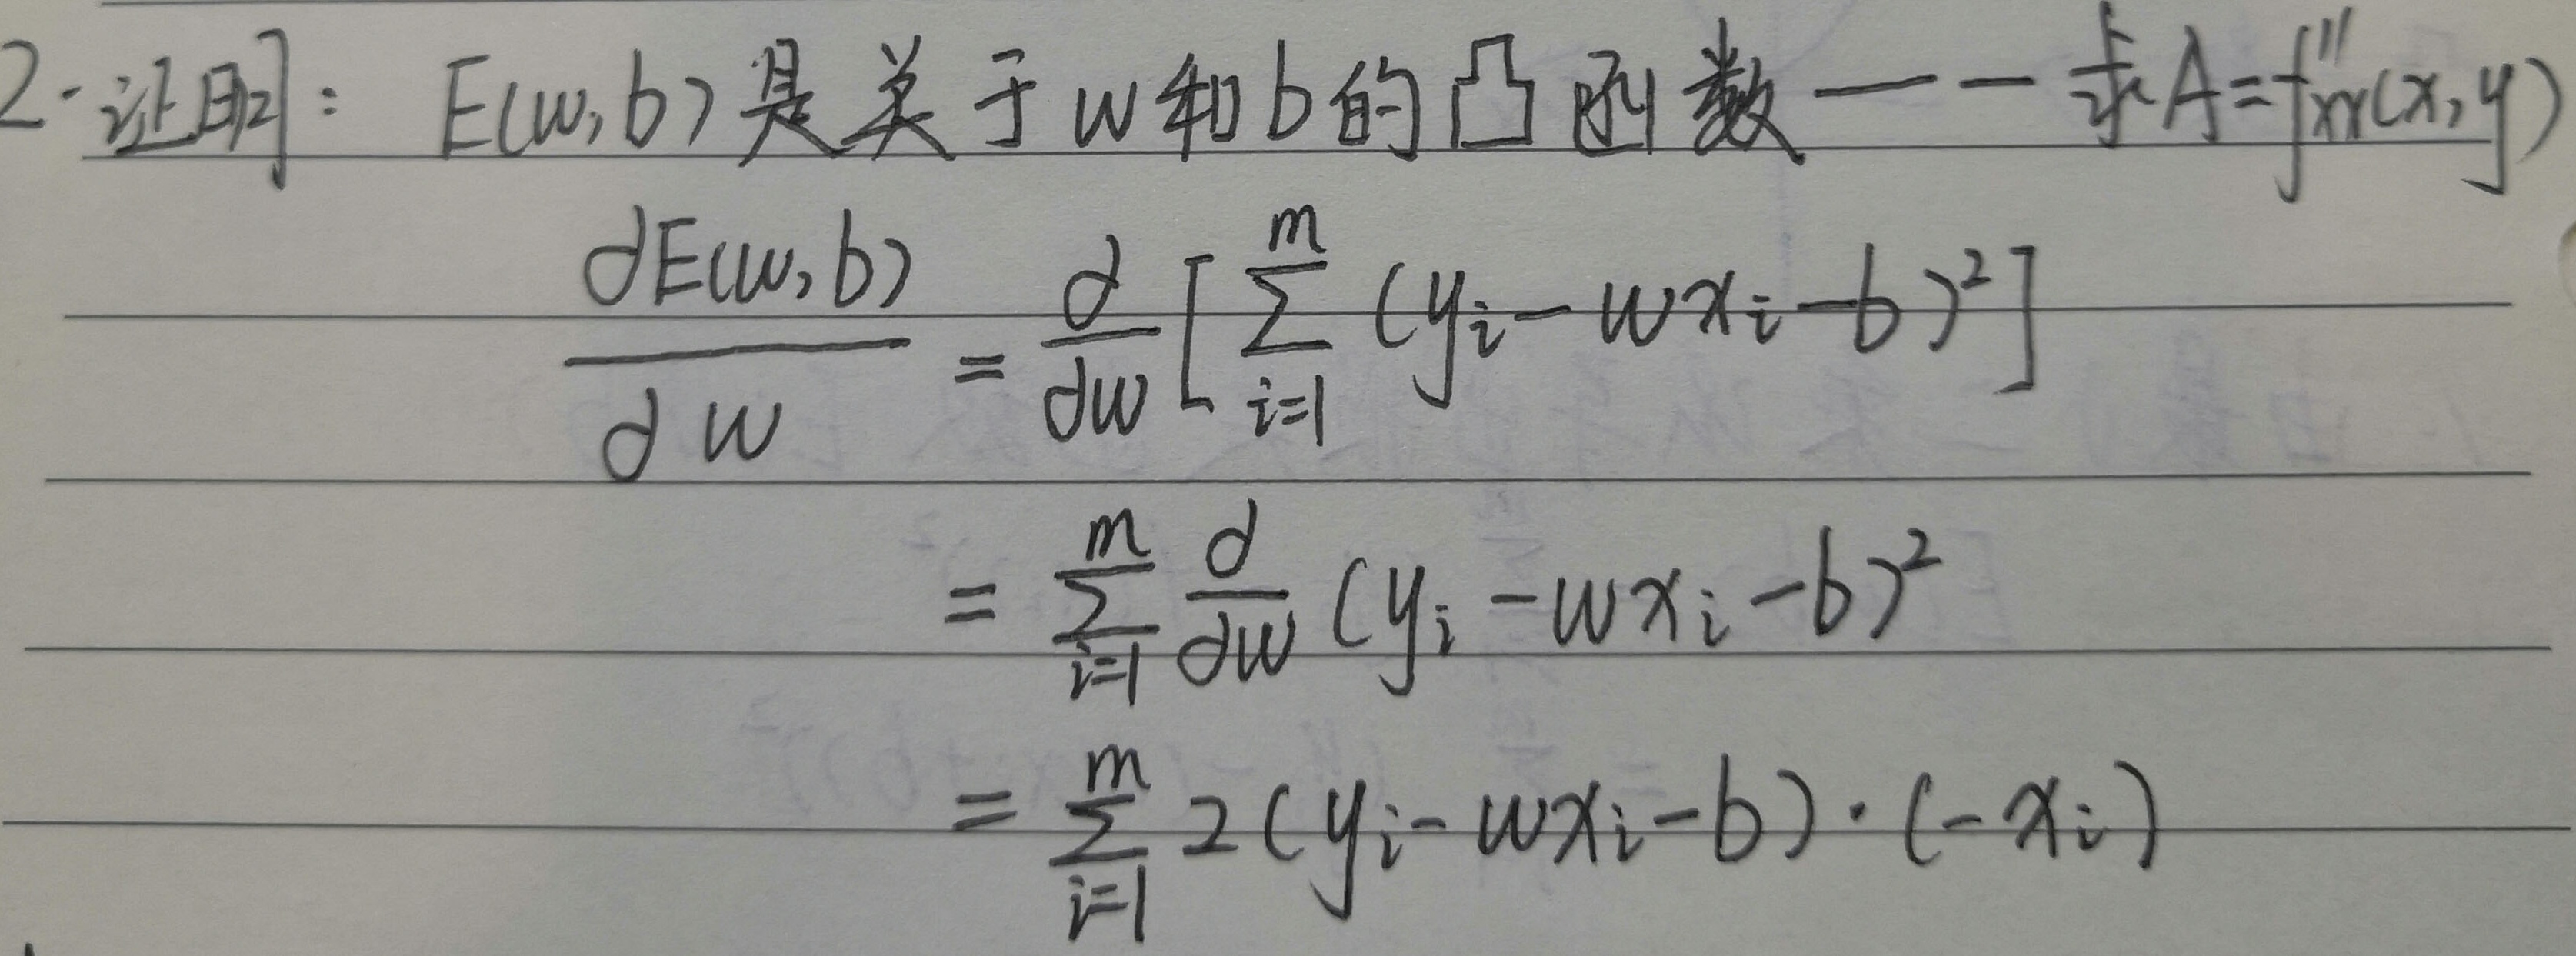
2. 证明：$E(w,b)$是关于$w$和$b$的凸函数。求$A = f_{xy}''(x,y)$
\[
\begin{align*}
\frac{\partial E(w,b)}{\partial w}&=\frac{\partial}{\partial w}\left[\sum_{i = 1}^{m}(y_{i}-wx_{i}-b)^{2}\right]\\
&=\sum_{i = 1}^{m}\frac{\partial}{\partial w}(y_{i}-wx_{i}-b)^{2}\\
&=\sum_{i = 1}^{m}2(y_{i}-wx_{i}-b)\cdot(-x_{i})
\end{align*}
\]